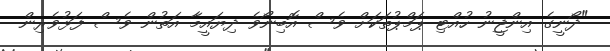
"ދޯނީގެ އިންޖީނު ހުއްޓި ޕަމްޕުތަކަށް ވެސް އޮބިނޯވެ ދިޔައީމާ އަތުން ވެސް ފަޅުވެރިން